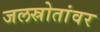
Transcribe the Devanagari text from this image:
जलस्रोतांवर